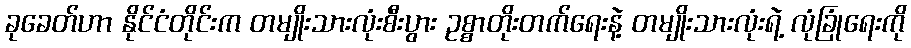
ခုခေတ်ဟာ နိုင်ငံတိုင်းက တမျိုးသားလုံးစီးပွား ဥစ္စာတိုးတက်ရေးနဲ့ တမျိုးသားလုံးရဲ့ လုံခြုံရေးကို